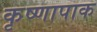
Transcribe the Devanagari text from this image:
कृष्णापाक